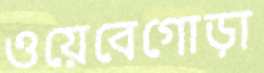
ওয়েবেগোড়া